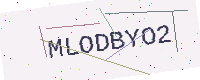
Text: MLODBYO2